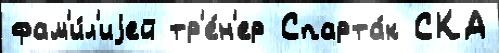
фам'и́л'иjей тр'е́н'ер Спарта́к СКА